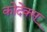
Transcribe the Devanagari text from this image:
कोदेक्स्